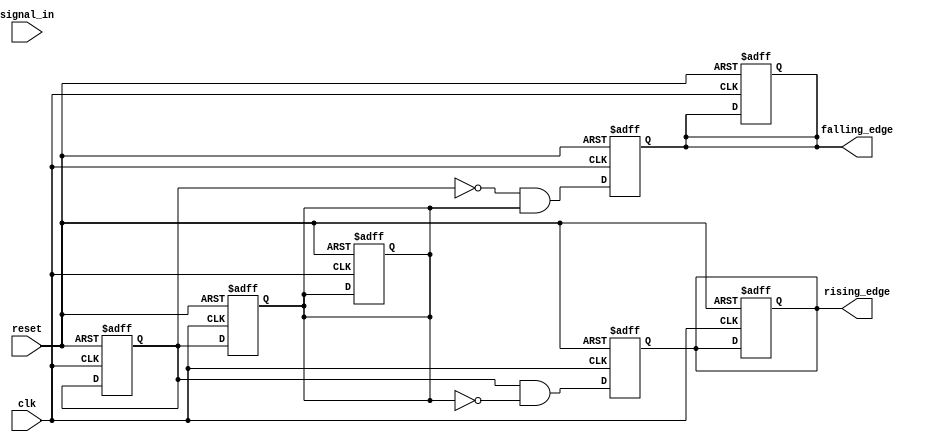
module DebouncedEdgeDetector (
    input wire clk,               // Clock input
    input wire reset,             // Asynchronous reset
    input wire signal_in,         // Noisy input signal
    output reg rising_edge,       // Rising edge output
    output reg falling_edge       // Falling edge output
);

    // Parameters
    parameter DEBOUNCE_TIME = 20; // Number of clock cycles for debounce

    // Internal signals
    reg [1:0] state;              // State register to hold current and previous states
    reg [1:0] stable_count;       // Counter for stable signal detection
    reg current_state;            // Current stable state of the input signal
    reg prev_state;               // Previous stable state of the input signal

    // State encoding
    localparam STABLE_LOW = 1'b0;
    localparam STABLE_HIGH = 1'b1;

    // Debounce logic
    always @(posedge clk or posedge reset) begin
        if (reset) begin
            stable_count <= 0;
            current_state <= 0;
            prev_state <= 0;
            rising_edge <= 0;
            falling_edge <= 0;
        end else begin
            // Check if the input signal is stable
            if (signal_in == current_state) begin
                // Increment stable count if stable
                if (stable_count < DEBOUNCE_TIME - 1) begin
                    stable_count <= stable_count + 1;
                end
            end else begin
                // Reset stable count if input signal changes
                stable_count <= 0;
            end
            
            // Update current state if stable count reaches debounce time
            if (stable_count == DEBOUNCE_TIME - 1) begin
                current_state <= signal_in;
            end
        end
    end

    // Edge detection logic
    always @(posedge clk or posedge reset) begin
        if (reset) begin
            prev_state <= 0;
            rising_edge <= 0;
            falling_edge <= 0;
        end else begin
            // Edge detection
            rising_edge <= (current_state == STABLE_HIGH && prev_state == STABLE_LOW);
            falling_edge <= (current_state == STABLE_LOW && prev_state == STABLE_HIGH);
            
            // Update previous state
            prev_state <= current_state;
        end
    end

endmodule